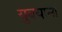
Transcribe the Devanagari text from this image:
युबयाना